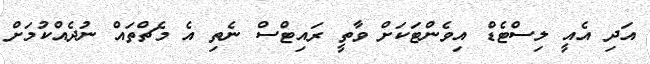
އަދި އެއީ ލިސްޓެޑް އިވެންޓަކަށް ވާތީ ރައިޓްސް ނެތި އެ މެޗްތައް ނުދެއްކުމަށް